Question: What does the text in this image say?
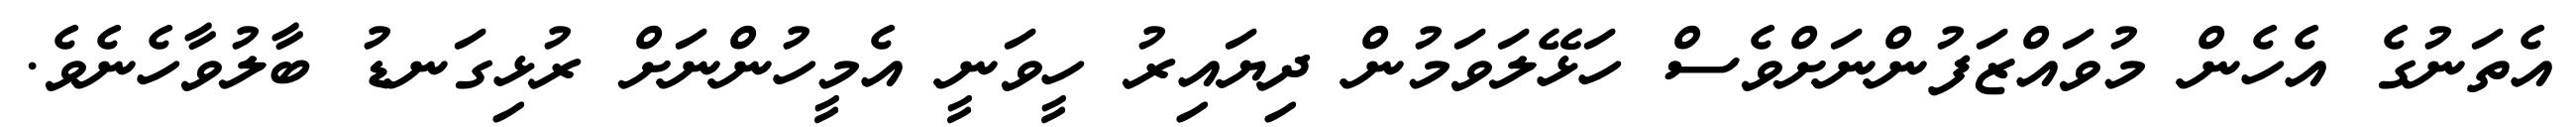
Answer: އެތަނުގެ އެހެން މުވައްޒަފުންނަށްވެސް ހަޅޭލަވަމުން ދިޔައިރު ހީވަނީ އެމީހުންނަށް ރުޅިގަނޑު ބާލުވާހެނެވެ.